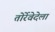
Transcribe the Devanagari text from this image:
तोर्रेवेदेला